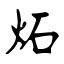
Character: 炻